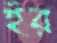
ইর